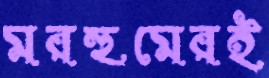
মরহুমেরই